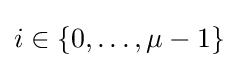
i\in \{0,\dots ,\mu -1\}